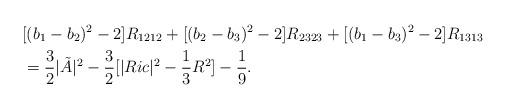
LaTeX: \begin{align*}&[(b_1-b_2)^2-2]R_{1212}+[(b_2-b_3)^2-2]R_{2323}+[(b_1-b_3)^2-2]R_{1313}\\&=\frac{3}{2}|\tilde{A}|^2-\frac{3}{2}[|Ric|^2-\frac{1}{3}R^2]-\frac{1}{9}.\end{align*}